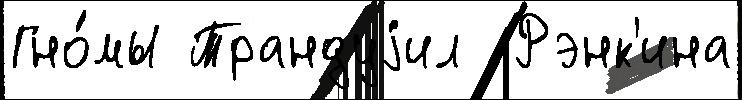
Гно́мы Трандуjил  Рэнк'ина